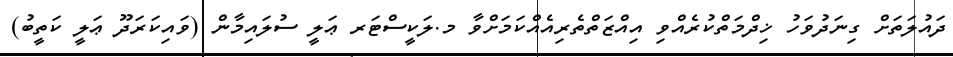
ދައުލަތަށް ގިނަދުވަހު ޚިދްމަތްކުރެއްވި އިއްޒަތްތެރިއެއްކަމަށްވާ މ.ލަކީސްޓަރ ޢަލީ ސުލައިމާން (ވައިކަރަދޫ ޢަލީ ކަތީބު)